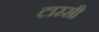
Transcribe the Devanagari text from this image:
टारसी